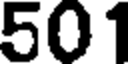
501